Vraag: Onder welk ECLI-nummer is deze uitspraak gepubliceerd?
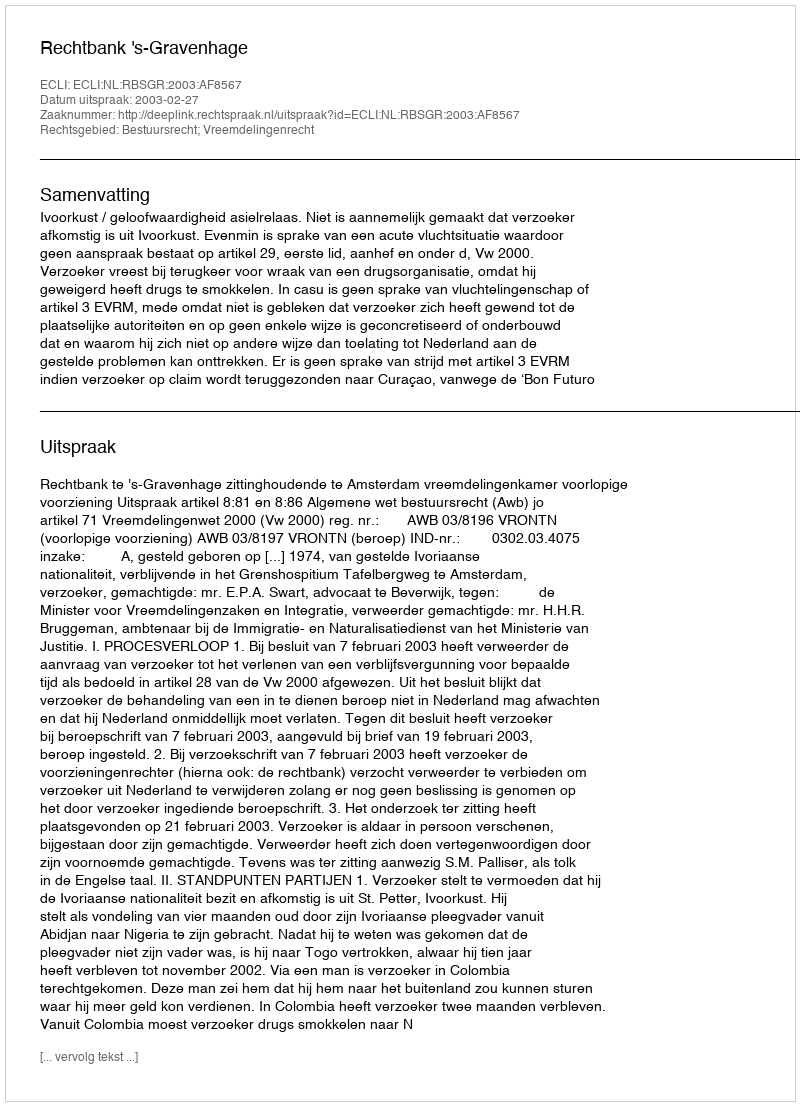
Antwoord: ECLI:NL:RBSGR:2003:AF8567